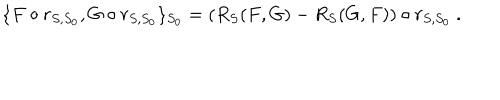
\{ F \circ r _ { S , S _ { 0 } } , G \circ r _ { S , S _ { 0 } } \} _ { S _ { 0 } } = ( R _ { S } ( F , G ) - R _ { S } ( G , F ) ) \circ r _ { S , S _ { 0 } } \ .